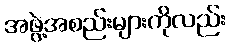
အဖွဲ့အစည်းများကိုလည်း